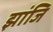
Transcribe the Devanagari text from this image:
झांजि